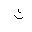
Letter: _tha